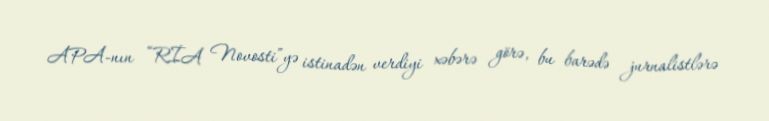
APA-nın “RİA Novosti”yə istinadən verdiyi xəbərə görə, bu barədə jurnalistlərə